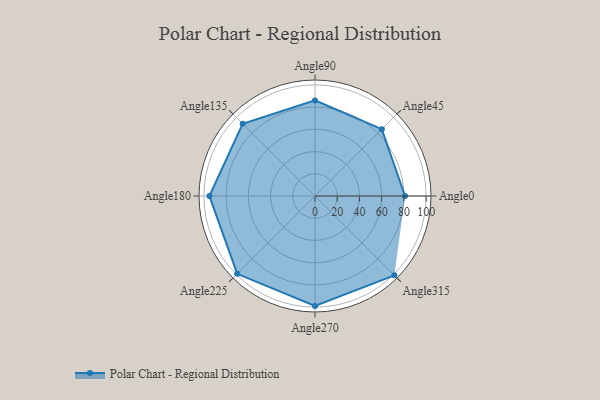
{"axis": {"x": "Angle", "y": "Radius"}, "legend": [""], "data": [{"x": "Angle0", "y": 81.0, "type": ""}, {"x": "Angle45", "y": 85.0, "type": ""}, {"x": "Angle90", "y": 86.0, "type": ""}, {"x": "Angle135", "y": 92.0, "type": ""}, {"x": "Angle180", "y": 95.0, "type": ""}, {"x": "Angle225", "y": 99.0, "type": ""}, {"x": "Angle270", "y": 99.0, "type": ""}, {"x": "Angle315", "y": 101.0, "type": ""}]}